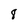
Character: 8